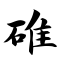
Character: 碓